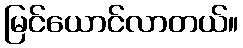
မြင်ယောင်လာတယ်။